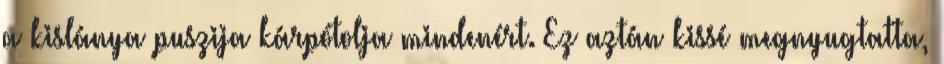
a kislánya puszija kárpótolja mindenért. Ez aztán kissé megnyugtatta,